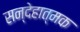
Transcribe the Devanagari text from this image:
सन्देहात्मक